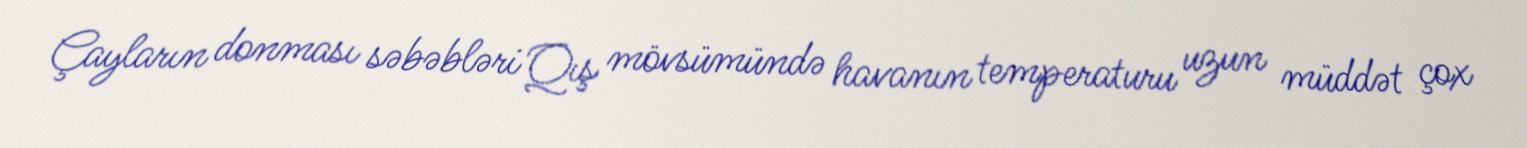
Çayların donması səbəbləri Qış mövsümündə havanın temperaturu uzun müddət çox